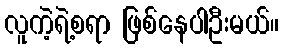
လူကဲ့ရဲ့စရာ ဖြစ်နေပါဦးမယ်။